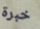
خبرة